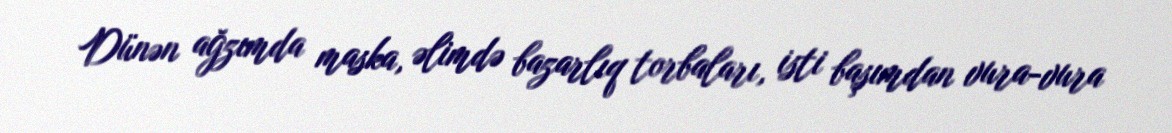
Dünən ağzımda maska, əlimdə bazarlıq torbaları, isti başımdan vura-vura